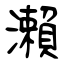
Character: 瀨